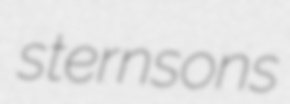
sternsons